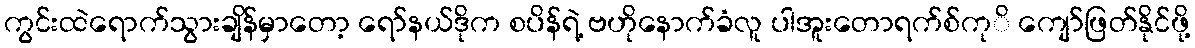
ကွင်းထဲရောက်သွားချိန်မှာတော့ ရော်နယ်ဒိုက စပိန်ရဲ့ ဗဟိုနောက်ခံလူ ပါအူးတောရက်စ်ကုိ ကျော်ဖြတ်နိုင်ဖို့